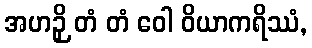
အဟဉှိ တံ တံ ဝေါ ဝိယာကရိဿံ,